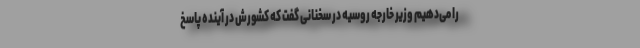
را می‌دهیم وزیر خارجه روسیه در سخنانی گفت که کشورش در آینده پاسخ